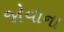
જોવાના